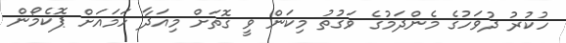
ހުކުރު ދުވަހުގެ މެންދަމުގެ ވަގުތު މިކަން ވީ ގޮތަށް މިއަދާ ހަމައަށް ޕޮކެމޯން